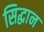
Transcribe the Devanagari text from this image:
सिद्धान